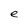
Character: e